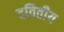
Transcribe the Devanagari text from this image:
दवितीय